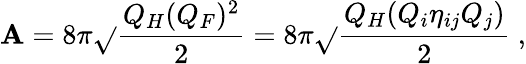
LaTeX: \mathbf{A}=8\pi\sqrt{}{{\frac{{Q_{H}(Q_{F})^{2}}}{{2}}}}=8\pi\sqrt{}{{\frac{{Q_{H}(Q_{i}\eta_{ij}Q_{j})}}{{2}}}}\ ,